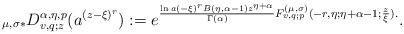
LaTeX: \begin{align*}{}_{\mu ,\sigma \ast }D_{v,q;z}^{\alpha ,\eta ,p}(a^{(z-\xi )^{r}}):=e^{\frac{\ln a(-\xi )^{r}B(\eta ,\alpha -1)z^{\eta +\alpha }}{\Gamma (\alpha )}F_{v,q;p}^{(\mu ,\sigma )}(-r,\eta ;\eta +\alpha -1;\frac{z}{\xi }).}.\end{align*}